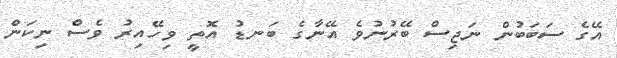
އޭގެ ސަބަބުން ނަޖިސް ބޭރުނުވެ އޭނާގެ ބަނޑު އޮތީ ވިހޭއިރު ވެސް ނިކަން